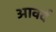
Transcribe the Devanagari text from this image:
आवर्द